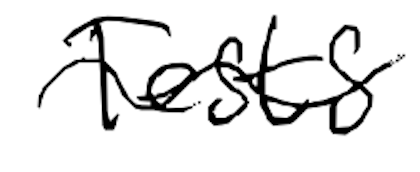
Text: Tests
Cross-out: wave
Writing tool: digital_black